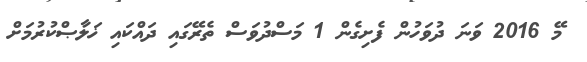
މޭ 2016 ވަނަ ދުވަހުން ފެށިގެން 1 މަސްދުވަސް ތެރޭގައި ދައްކައި ޚަލާޞްކުރުމަށް